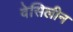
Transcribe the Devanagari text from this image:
वेसिलीन